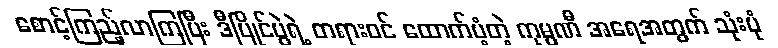
စောင့်ကြည့်လာကြပြီး ဒီပြိုင်ပွဲရဲ့ တရားဝင် ထောက်ပံ့တဲ့ ကုမ္ပဏီ အရေအတွက် သုံးပုံ